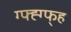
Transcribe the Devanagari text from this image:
ग्फ्ह्ग्फ्ह